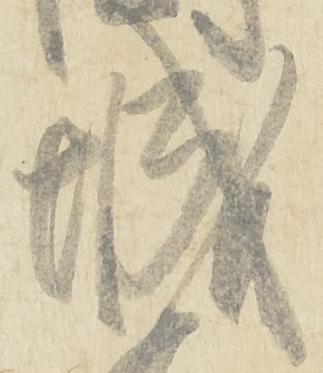
城